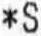
*S